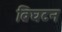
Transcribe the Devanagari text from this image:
ब्रिघटन